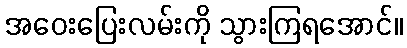
အဝေးပြေးလမ်းကို သွားကြရအောင်။